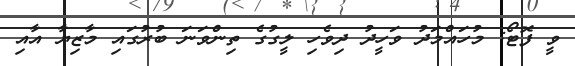
ވީ ފޮޓޯ: މުހައްމަދު ވަހީދު ދިވެހި ލީގުގެ ތިންވަނަ ބުރުގައި މާޒިޔާ އާއި